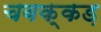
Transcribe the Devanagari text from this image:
चवक्कड़